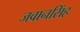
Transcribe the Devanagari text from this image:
जवानसिंह